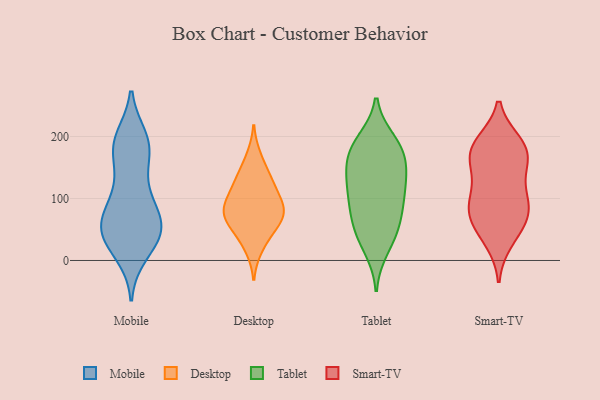
{"axis": {"x": "Humidity (%)", "y": "Value"}, "legend": ["Desktop", "Mobile", "Smart-TV", "Tablet"], "data": [{"x": "", "y": 193, "type": "Mobile"}, {"x": "", "y": 46, "type": "Mobile"}, {"x": "", "y": 42, "type": "Mobile"}, {"x": "", "y": 189, "type": "Mobile"}, {"x": "", "y": 17, "type": "Mobile"}, {"x": "", "y": 128, "type": "Mobile"}, {"x": "", "y": 197, "type": "Mobile"}, {"x": "", "y": 80, "type": "Mobile"}, {"x": "", "y": 48, "type": "Mobile"}, {"x": "", "y": 177, "type": "Mobile"}, {"x": "", "y": 61, "type": "Mobile"}, {"x": "", "y": 49, "type": "Mobile"}, {"x": "", "y": 49, "type": "Mobile"}, {"x": "", "y": 71, "type": "Mobile"}, {"x": "", "y": 11, "type": "Mobile"}, {"x": "", "y": 98, "type": "Mobile"}, {"x": "", "y": 107, "type": "Mobile"}, {"x": "", "y": 43, "type": "Mobile"}, {"x": "", "y": 186, "type": "Mobile"}, {"x": "", "y": 169, "type": "Mobile"}, {"x": "", "y": 62, "type": "Desktop"}, {"x": "", "y": 62, "type": "Desktop"}, {"x": "", "y": 98, "type": "Desktop"}, {"x": "", "y": 20, "type": "Desktop"}, {"x": "", "y": 74, "type": "Desktop"}, {"x": "", "y": 119, "type": "Desktop"}, {"x": "", "y": 42, "type": "Desktop"}, {"x": "", "y": 133, "type": "Desktop"}, {"x": "", "y": 132, "type": "Desktop"}, {"x": "", "y": 78, "type": "Desktop"}, {"x": "", "y": 167, "type": "Desktop"}, {"x": "", "y": 87, "type": "Desktop"}, {"x": "", "y": 87, "type": "Desktop"}, {"x": "", "y": 141, "type": "Tablet"}, {"x": "", "y": 193, "type": "Tablet"}, {"x": "", "y": 62, "type": "Tablet"}, {"x": "", "y": 183, "type": "Tablet"}, {"x": "", "y": 87, "type": "Tablet"}, {"x": "", "y": 48, "type": "Tablet"}, {"x": "", "y": 133, "type": "Tablet"}, {"x": "", "y": 38, "type": "Tablet"}, {"x": "", "y": 183, "type": "Tablet"}, {"x": "", "y": 133, "type": "Tablet"}, {"x": "", "y": 176, "type": "Tablet"}, {"x": "", "y": 111, "type": "Tablet"}, {"x": "", "y": 162, "type": "Tablet"}, {"x": "", "y": 78, "type": "Tablet"}, {"x": "", "y": 19, "type": "Tablet"}, {"x": "", "y": 105, "type": "Tablet"}, {"x": "", "y": 87, "type": "Smart-TV"}, {"x": "", "y": 134, "type": "Smart-TV"}, {"x": "", "y": 184, "type": "Smart-TV"}, {"x": "", "y": 114, "type": "Smart-TV"}, {"x": "", "y": 32, "type": "Smart-TV"}, {"x": "", "y": 185, "type": "Smart-TV"}, {"x": "", "y": 88, "type": "Smart-TV"}, {"x": "", "y": 62, "type": "Smart-TV"}, {"x": "", "y": 161, "type": "Smart-TV"}, {"x": "", "y": 162, "type": "Smart-TV"}, {"x": "", "y": 83, "type": "Smart-TV"}, {"x": "", "y": 81, "type": "Smart-TV"}, {"x": "", "y": 189, "type": "Smart-TV"}, {"x": "", "y": 47, "type": "Smart-TV"}, {"x": "", "y": 175, "type": "Smart-TV"}]}